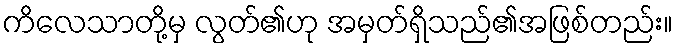
ကိလေသာတို့မှ လွတ်၏ဟု အမှတ်ရှိသည်၏အဖြစ်တည်း။